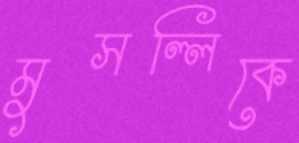
মুসল্লিকে